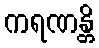
ကရဏန္တိ